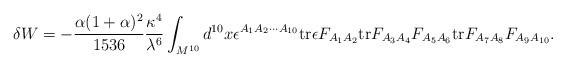
LaTeX: \begin{align*}\delta W = - {\alpha (1 + \alpha)^2 \over 1536} {\kappa^4 \over \lambda^6} \int_{M^{10}} d^{10} x \epsilon^{A_1 A_2 \cdots A_{10}} {\rm tr} \epsilon F_{A_1 A_2} {\rm tr}F_{A_3 A_4} F_{A_5 A_6}{\rm tr} F_{A_7 A_8} F_{A_9 A_{10}}.\end{align*}